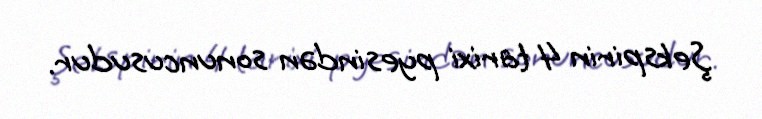
Şekspirin 4 tarixi pyesindən sonuncusudur.